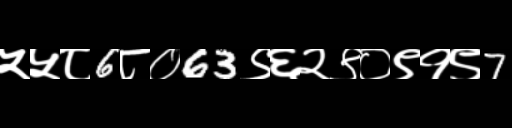
Text: ५५८6८०63९६२९०९१९7